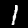
Label: 1